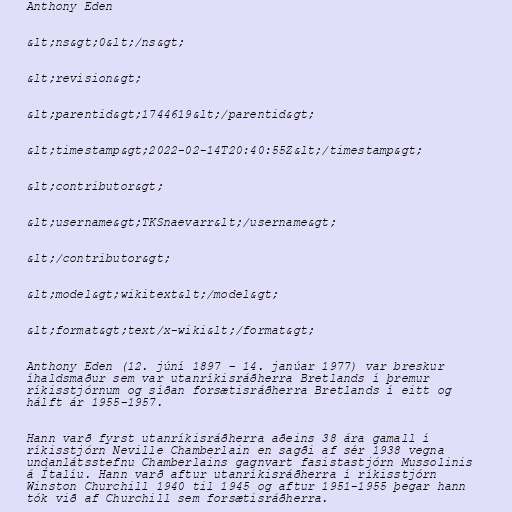
Anthony Eden

&lt;ns&gt;0&lt;/ns&gt;

&lt;revision&gt;

&lt;parentid&gt;1744619&lt;/parentid&gt;

&lt;timestamp&gt;2022-02-14T20:40:55Z&lt;/timestamp&gt;

&lt;contributor&gt;

&lt;username&gt;TKSnaevarr&lt;/username&gt;

&lt;/contributor&gt;

&lt;model&gt;wikitext&lt;/model&gt;

&lt;format&gt;text/x-wiki&lt;/format&gt;

Anthony Eden (12. júní 1897 – 14. janúar 1977) var breskur
íhaldsmaður sem var utanríkisráðherra Bretlands í þremur
ríkisstjórnum og síðan forsætisráðherra Bretlands í eitt og
hálft ár 1955-1957.

Hann varð fyrst utanríkisráðherra aðeins 38 ára gamall í
ríkisstjórn Neville Chamberlain en sagði af sér 1938 vegna
undanlátsstefnu Chamberlains gagnvart fasistastjórn Mussolinis
á Ítalíu. Hann varð aftur utanríkisráðherra í ríkisstjórn
Winston Churchill 1940 til 1945 og aftur 1951-1955 þegar hann
tók við af Churchill sem forsætisráðherra.